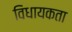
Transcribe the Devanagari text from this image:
विधायकता